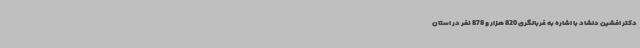
دکتر افشین دلشاد با اشاره به غربالگری 820 هزار و 878 نفر در استان